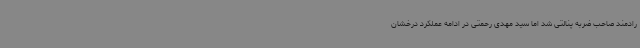
رادمند صاحب ضربه پنالتی شد اما سید مهدی رحمتی در ادامه عملکرد درخشان